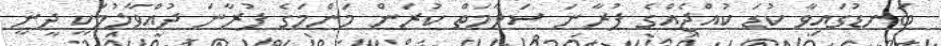
ބަނޑުގައިވާ ކުޑަ ކުއްޖެއްގެ ފުރާނަ ސަލާމަތް ކުރަން މަންމަގެ ފުރާނަ ދުއްވާލުމަކީ ދީނީ